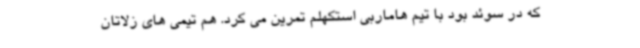
که در سوئد بود با تیم هاماربی استکهلم تمرین می کرد. هم تیمی های زلاتان